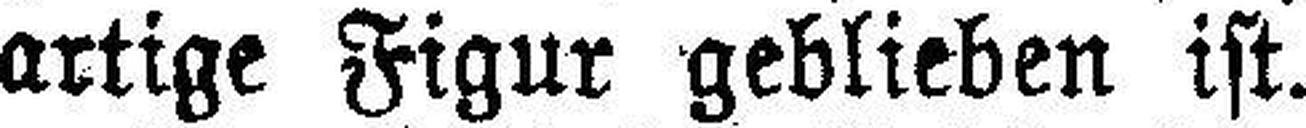
artige Figur geblieben ist.